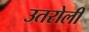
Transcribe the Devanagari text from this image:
उतरोली